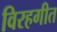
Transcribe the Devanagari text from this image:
विरहगीत